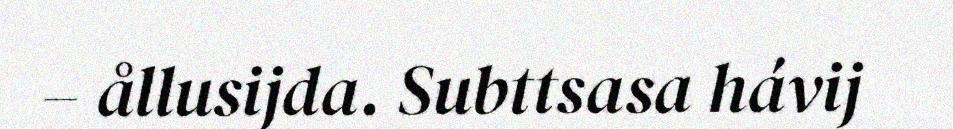
– ållusijda. Subttsasa hávij